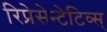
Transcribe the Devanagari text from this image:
रिप्रेसेन्टेटिव्स्